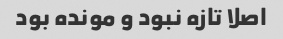
اصلا تازه نبود و مونده بود